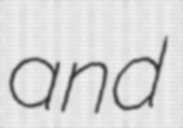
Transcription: and